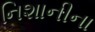
નિશાનીના